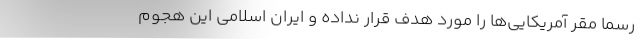
رسما مقر آمریکایی‌ها را مورد هدف قرار نداده و ایران اسلامی این هجوم